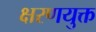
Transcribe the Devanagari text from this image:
क्षरणयुक्त